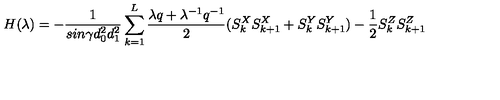
H ( { \lambda } ) = - \frac { 1 } { s i n \gamma d _ { 0 } ^ { 2 } d _ { 1 } ^ { 2 } } \sum _ { k = 1 } ^ { L } \frac { { \lambda } q + { \lambda } ^ { - 1 } q ^ { - 1 } } { 2 } ( S _ { k } ^ { X } S _ { k + 1 } ^ { X } + S _ { k } ^ { Y } S _ { k + 1 } ^ { Y } ) - \frac { 1 } { 2 } S _ { k } ^ { Z } S _ { k + 1 } ^ { Z }